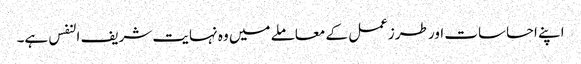
اپنے احساسات اور طرزعمل کے معاملے میں وہ نہایت شریف النفس ہے۔